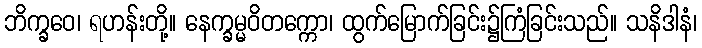
ဘိက္ခဝေ၊ ရဟန်းတို့။ နေက္ခမ္မဝိတက္ကော၊ ထွက်မြောက်ခြင်း၌ကြံခြင်းသည်။ သနိဒါနံ၊